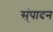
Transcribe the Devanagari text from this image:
स्ंपादन